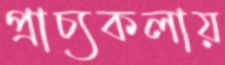
প্রাচ্যকলায়